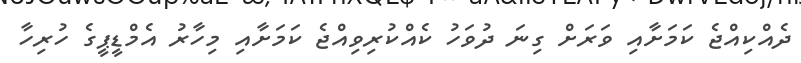
ދެއްކިއްޖެ ކަމަށާއި ވަރަށް ގިނަ ދުވަހު ކެއްކުރިވިއްޖެ ކަމަށާއި މިހާރު އެމްޑީޕީގެ ހުރިހާ